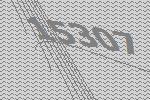
15307